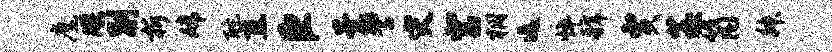
麾牒别折嫦酡直臣子警灾宫桐迄悴虢贾茭筒舛